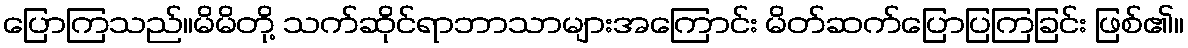
ပြောကြသည်။မိမိတို့ သက်ဆိုင်ရာဘာသာများအကြောင်း မိတ်ဆက်ပြောပြကြခြင်း ဖြစ်၏။